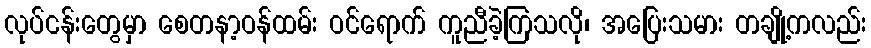
လုပ်ငန်းတွေမှာ စေတနာ့ဝန်ထမ်း ဝင်ရောက် ကူညီခဲ့ကြသလို၊ အပြေးသမား တချို့ကလည်း